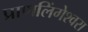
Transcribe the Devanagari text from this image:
प्राणलिंगेश्‍वरा